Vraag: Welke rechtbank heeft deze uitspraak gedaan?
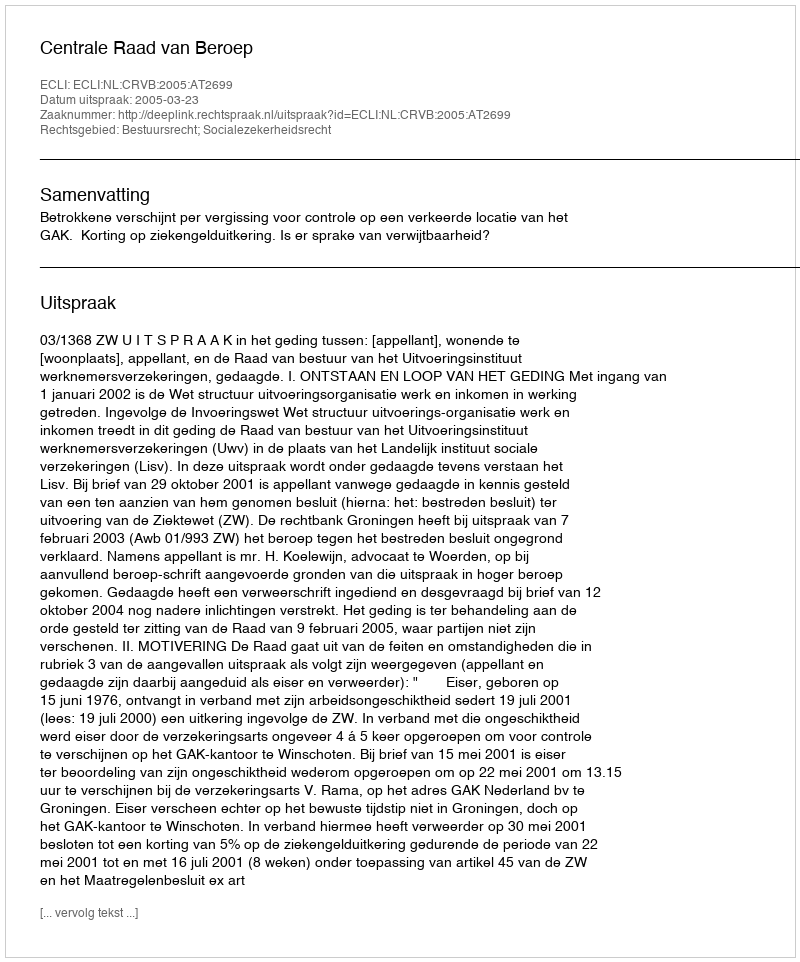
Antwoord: Centrale Raad van Beroep